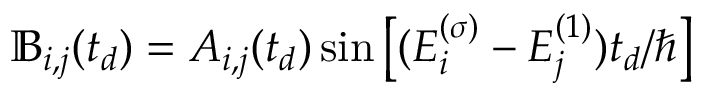
\mathbb { B } _ { i , j } ( t _ { d } ) = A _ { i , j } ( t _ { d } ) \sin \left[ ( E _ { i } ^ { ( \sigma ) } - E _ { j } ^ { ( 1 ) } ) t _ { d } / \hbar \right]